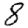
Digit: 8